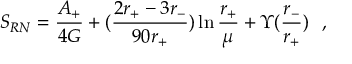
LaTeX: S _ { R N } = { \frac { A _ { + } } { 4 G } } + ( { \frac { 2 r _ { + } - 3 r _ { - } } { 9 0 r _ { + } } } ) \ln { \frac { r _ { + } } { \mu } } + \Upsilon ( { \frac { r _ { - } } { r _ { + } } } ) ~ ~ ,